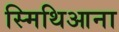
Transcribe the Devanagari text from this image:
स्मिथिआना